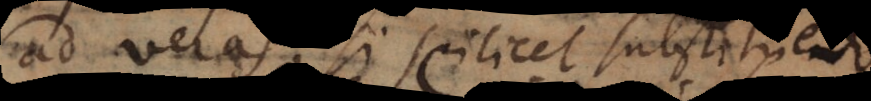
ad veras, si scilicet substituendo